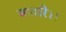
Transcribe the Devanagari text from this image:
बयारि।।